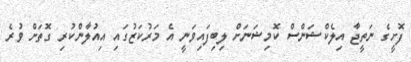
ފޮށީގެ ނަތީޖާ އިލެކްޝަންސް ކޮމިޝަނަށް ލިބިފައިވަނީ އެ މަރުކަޒުގައި އިއުލާންކުރި ގޮތަށް ވުރެ